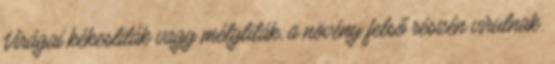
Virágai kékeslilák vagy mélylilák, a növény felső részén virulnak.